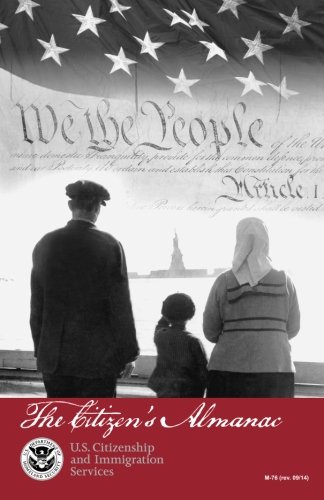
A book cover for The Citizen's Almanac: Fundamental Documents, Symbols, and Anthems of the United States; Test Preparation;